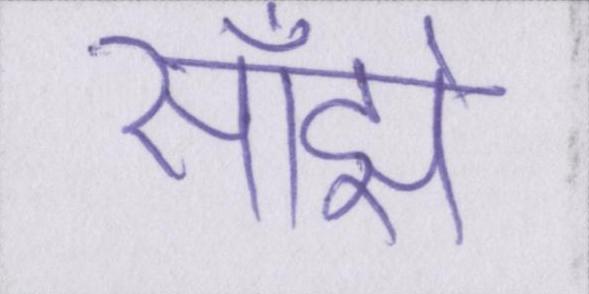
साँझे